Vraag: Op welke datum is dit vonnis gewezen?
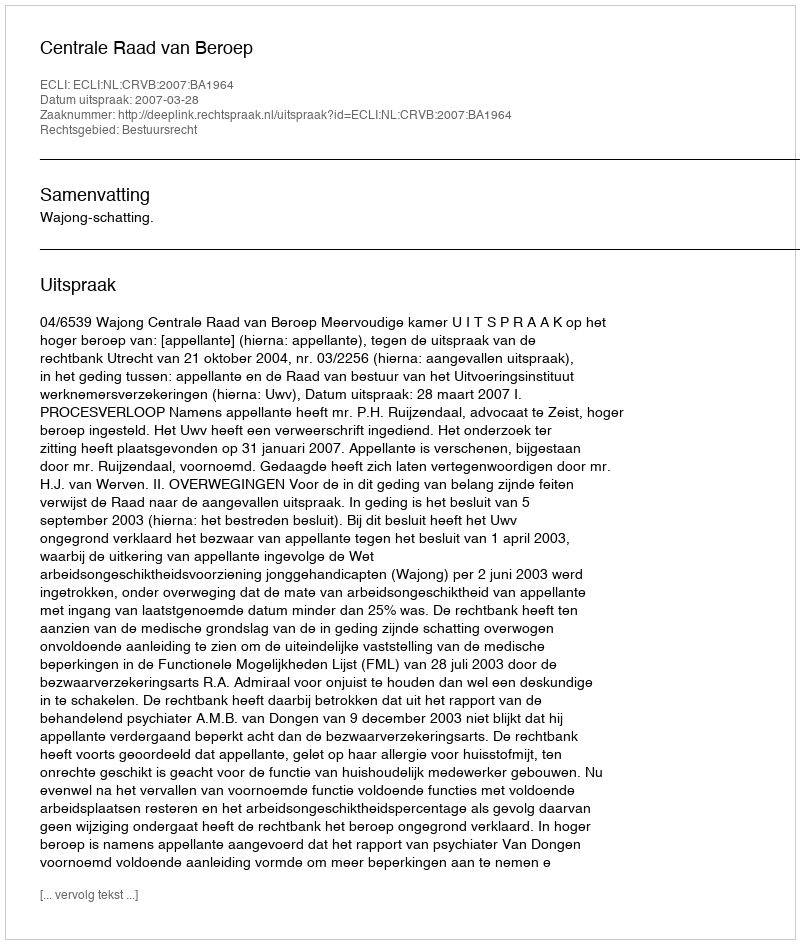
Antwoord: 2007-03-28